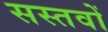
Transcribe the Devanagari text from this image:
सस्तवों